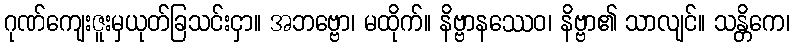
ဂုဏ်ကျေးဇူးမှယုတ်ခြသင်းငှာ။ အဘဗ္ဗော၊ မထိုက်။ နိဗ္ဗာနဿေဝ၊ နိဗ္ဗာ၏ သာလျင်။ သန္တိကေ၊